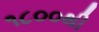
૧૮૦૦થી